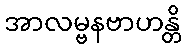
အာလမ္ဗနဗာဟန္တိ